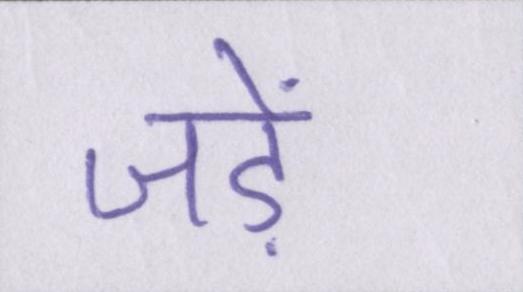
जड़ें